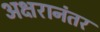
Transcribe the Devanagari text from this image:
अक्षरानंतर